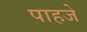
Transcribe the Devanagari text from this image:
पाहजे